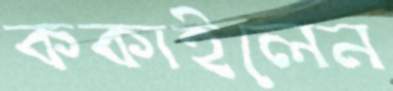
ককাইলেন